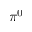
\pi ^ { 0 }